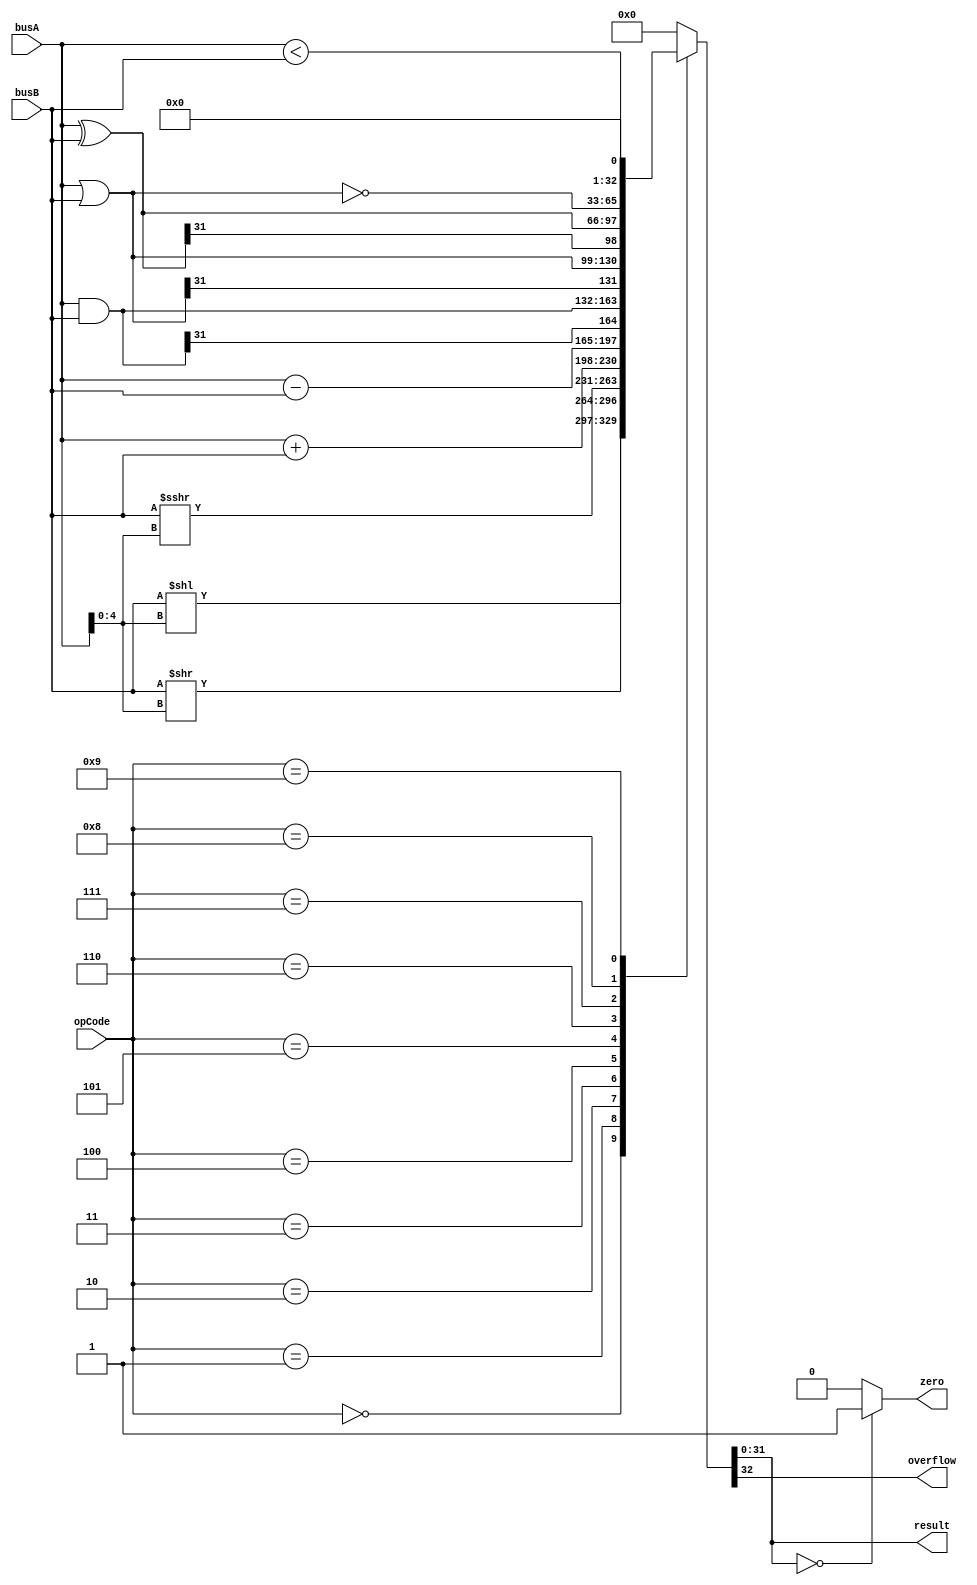
`timescale 1ns / 1ps
//`define N 7

module ALU #(parameter N=32)(busA, busB, opCode, result, zero, overflow);

//-------------------------------------------Entradas-----------------------------------------//	
	input signed [N-1:0] busA;
   input	signed [N-1:0] busB;
   input [3:0] opCode;
//--------------------------------------------Salidas-----------------------------------------//
	output reg [N-1:0] result;
	output reg zero;
	output reg overflow;
//---------------------------------------------Wires------------------------------------------//	
//-------------------------------------------Registros----------------------------------------//
//-----------------------------------------Inicializacion-------------------------------------//
	initial
		begin
			result = 0;
			zero = 0;
			overflow = 0;
		end
//--------------------------------------Declaracion de Bloques--------------------------------//
//--------------------------------------------Logica------------------------------------------//
	always@(*)
		begin
			case(opCode)				
				0: {overflow,result} = busB <<  busA[4:0];	//SLL
				1: {overflow,result} = busB >>  busA[4:0];	//SRL
				2: {overflow,result} = busB >>> busA[4:0];	//SRA
				3: {overflow,result} = busA + busB;				//ADD
				4: {overflow,result} = busA - busB;				//SUB
				5: {overflow,result} = busA & busB;				//AND
				6: {overflow,result} = busA | busB;				//OR
				7: {overflow,result} = busA ^ busB;				//XOR
				8: {overflow,result} = ~(busA | busB);			//NOR
				9: {overflow,result} = (busA < busB);			//SLT
				default: {overflow,result} = 0;
			endcase
			zero = (result==0)? 1'b1 : 1'b0;
		end
endmodule